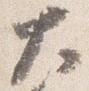
大